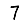
Digit: 7